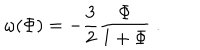
LaTeX: \omega ( \Phi ) = - { \frac { 3 } { 2 } } { \frac { \Phi } { 1 + \Phi } } \ .